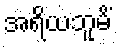
အရိယဘူမိံ